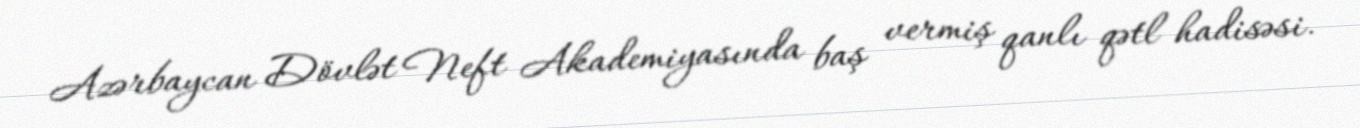
Azərbaycan Dövlət Neft Akademiyasında baş vermiş qanlı qətl hadisəsi.